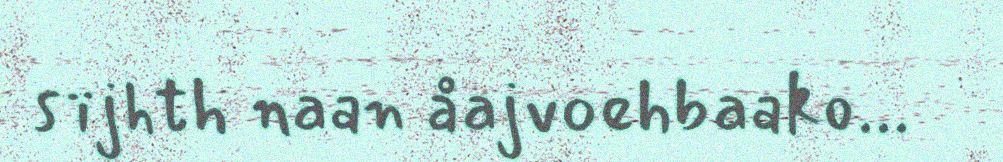
sïjhth naan åajvoehbaako...